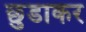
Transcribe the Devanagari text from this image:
छुडाकर